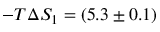
- T \Delta S _ { 1 } = ( 5 . 3 \pm 0 . 1 )